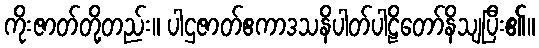
ကိုးဇာတ်တို့တည်း။ ပါဌဇာတ်ဧကာဒသနိပါတ်ပါဠိတော်နိသျပြီး၏။